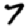
Digit: 7